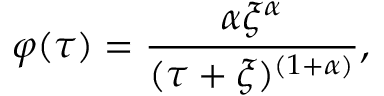
\varphi ( \tau ) = \frac { \alpha \xi ^ { \alpha } } { ( \tau + \xi ) ^ { ( 1 + \alpha ) } } ,